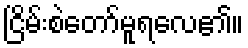
ငြိမ်းစဲတော်မူရလေ၏။